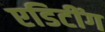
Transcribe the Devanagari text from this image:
एडिटींग